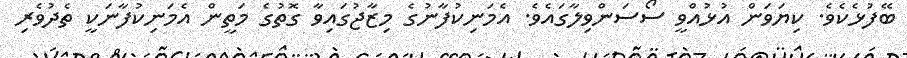
ބޭފުޅެކެވެ. ކިޔަވަން އުޅުއްވީ ސޯސަންވިލާގައެވެ. އެމަނިކުފާނުގެ މިޒާޖުގައިވާ ގޮތުގެ މަތީން އެމަނިކުފާނަކީ ތެދުވެރި